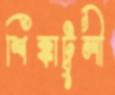
শিক্কাটুলী